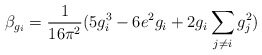
\begin{align*}\beta_{g_{i}} = \frac{1}{16\pi^2} (5 g_{i}^3 - 6 e^2 g_i +2 g_i \sum_{j \neq i}g_{j}^2)\end{align*}